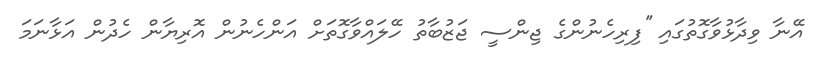
އޭނާ ވިދާޅުވާގޮތުގައި ''ފިރިހެނުންގެ ޖިންސީ ޖަޒުބާތު ހޭލައްވާގޮތަށް އަންހެނުން އޮރިޔާން ހެދުން އަޅާނަމަ